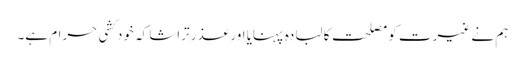
ہم نے غیرت کو مصلحت کا لبادہ پہنایا اور عذر تراشا کہ خودکشی حرام ہے۔